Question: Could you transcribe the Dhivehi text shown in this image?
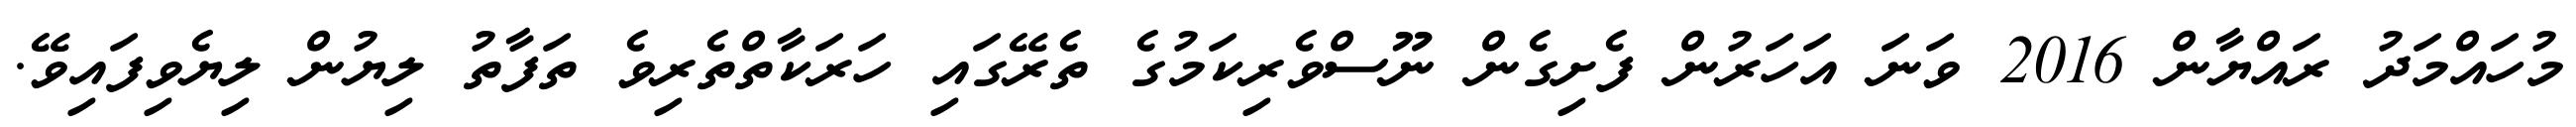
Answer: މުހައްމަދު ރައްޔާން 2016 ވަނަ އަހަރުން ފެށިގެން ނޫސްވެރިކަމުގެ ތެރޭގައި ހަރަކާތްތެރިވެ ތަފާތު ލިޔުން ލިޔެވިފައިވޭ.